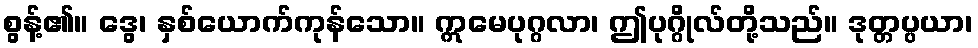
စွန့်၏။ ဒွေ၊ နှစ်ယောက်ကုန်သော။ ဣမေပုဂ္ဂလာ၊ ဤပုဂ္ဂိုလ်တို့သည်။ ဒုတ္တပ္ပယာ၊